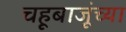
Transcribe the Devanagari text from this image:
चहूबाजूंच्या